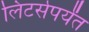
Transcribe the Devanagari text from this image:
लिटर्सपर्यंत